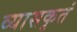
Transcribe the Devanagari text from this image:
व्यासकृतं